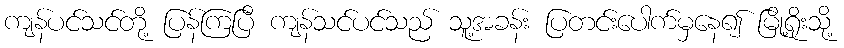
ကျန်ပင်သင်တို့ ပြန်ကြပြီ ကျန်သင်ပင်သည် သူ့အခန်း ပြတင်းပေါက်မှနေ၍ မြို့ရိုးသို့